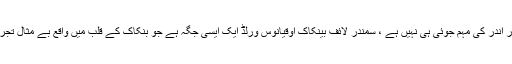
یہ صرف پانی کے اندر اندر کی مہم جوئی ہی نہیں ہے ، سمندر لائف بینکاک اوقیانوس ورلڈ ایک ایسی جگہ ہے جو بنکاک کے قلب میں واقع بے مثال تجربات سے بھرا ہوا ہے۔